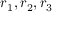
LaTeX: r _ { 1 } , r _ { 2 } , r _ { 3 }